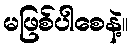
မဖြစ်ပါစေနဲ့။